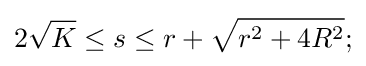
2{\sqrt {K}}\leq s\leq r+{\sqrt {r^{2}+4R^{2}}};